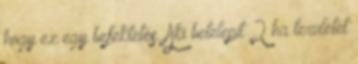
hogy ez egy befektetés. Aki betelepít 2 ha területet